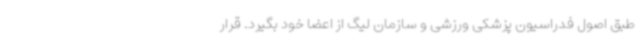
طبق اصول فدراسیون پزشکی ورزشی و سازمان لیگ از اعضا خود بگیرد. قرار